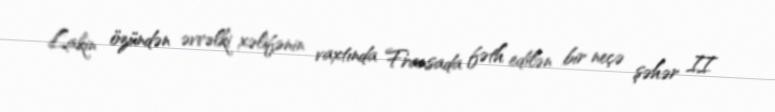
Lakin özündən əvvəlki xəlifənin vaxtında Fransada fəth edilən bir neçə şəhər II